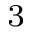
^ 3